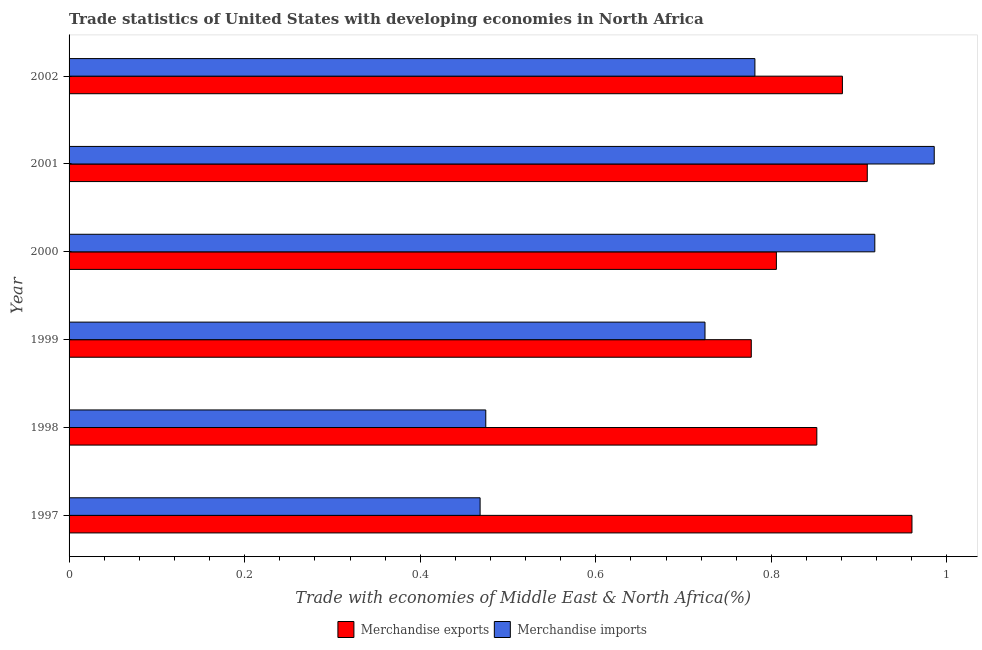
| Year | Merchandise exports | Merchandise imports |
 | --- | --- | --- |
 | 1997 | 0.96 | 0.468 |
 | 1998 | 0.852 | 0.475 |
 | 1999 | 0.777 | 0.724 |
 | 2000 | 0.806 | 0.918 |
 | 2001 | 0.909 | 0.985 |
 | 2002 | 0.881 | 0.781 |